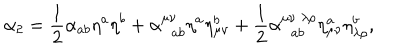
LaTeX: \alpha _ { 2 } = \frac { 1 } { 2 } \alpha _ { a b } \eta ^ { a } \eta ^ { b } + \alpha _ { \; \; a b } ^ { \mu \nu } \eta ^ { a } \eta _ { \mu \nu } ^ { b } + \frac { 1 } { 2 } \alpha _ { \; \; a b } ^ { \mu \nu \; \lambda \rho } \eta _ { \mu \nu } ^ { a } \eta _ { \lambda \rho } ^ { b } ,